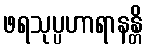
ဖရသုပ္ပဟာရာနန္တိ